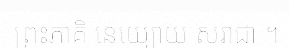
ព្រះភាគិ នេយ្យោយ សរាជា ។